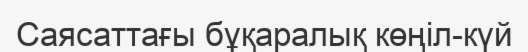
Саясаттағы бұқаралық көңіл-күй